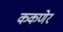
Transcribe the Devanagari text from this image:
ककणेर